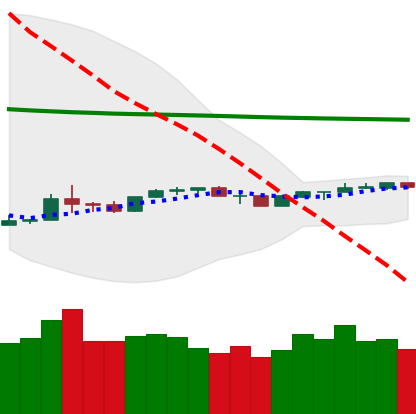
Ticker: NEO-USD
Chart end date: 2020-04-05
Forward return: 3.449%
Label: up_3_5